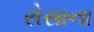
રોસાના